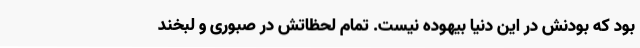
بود که بودنش در این دنیا بیهوده نیست. تمام لحظاتش در صبوری و لبخند